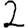
Digit: 2